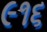
૯૧૬